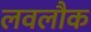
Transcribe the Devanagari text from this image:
लवलौक